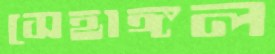
সেহাঙ্গল